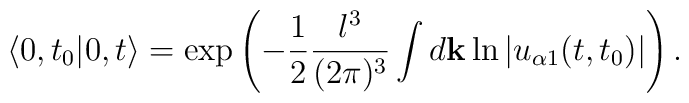
\left<0, t_0 | 0, t \right>= \exp\left(- \frac{1}{2} \frac{l^3}{(2\pi)^3}\int d {\bf k} \ln |u_{\alpha 1} (t, t_0 )|\right).